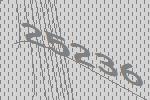
25236